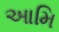
આમિ